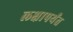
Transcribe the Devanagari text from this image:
लक्षापर्यंत